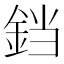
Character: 𫟰